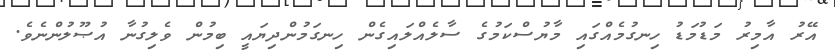
އޭރު އާމިރު މަޑުމަޑު ހިނގުމެއްގައި މާޔުސްކަމުގެ ސާލެއްލައިގެން ހިނގަމުންދިޔައީ ބިމުން ވެލިގުނާ އުޞޫލުންނެވެ.